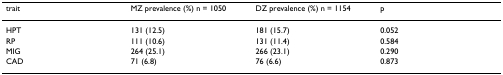
| trait | MZ prevalence (%) n = 1050 | DZ prevalence (%) n = 1154 | p |
 | --- | --- | --- | --- |
 | HPT | 131 (12.5) | 181 (15.7) | 0.052 |
 | RP | 111 (10.6) | 131 (11.4) | 0.584 |
 | MIG | 264 (25.1) | 266 (23.1) | 0.290 |
 | CAD | 71 (6.8) | 76 (6.6) | 0.873 |